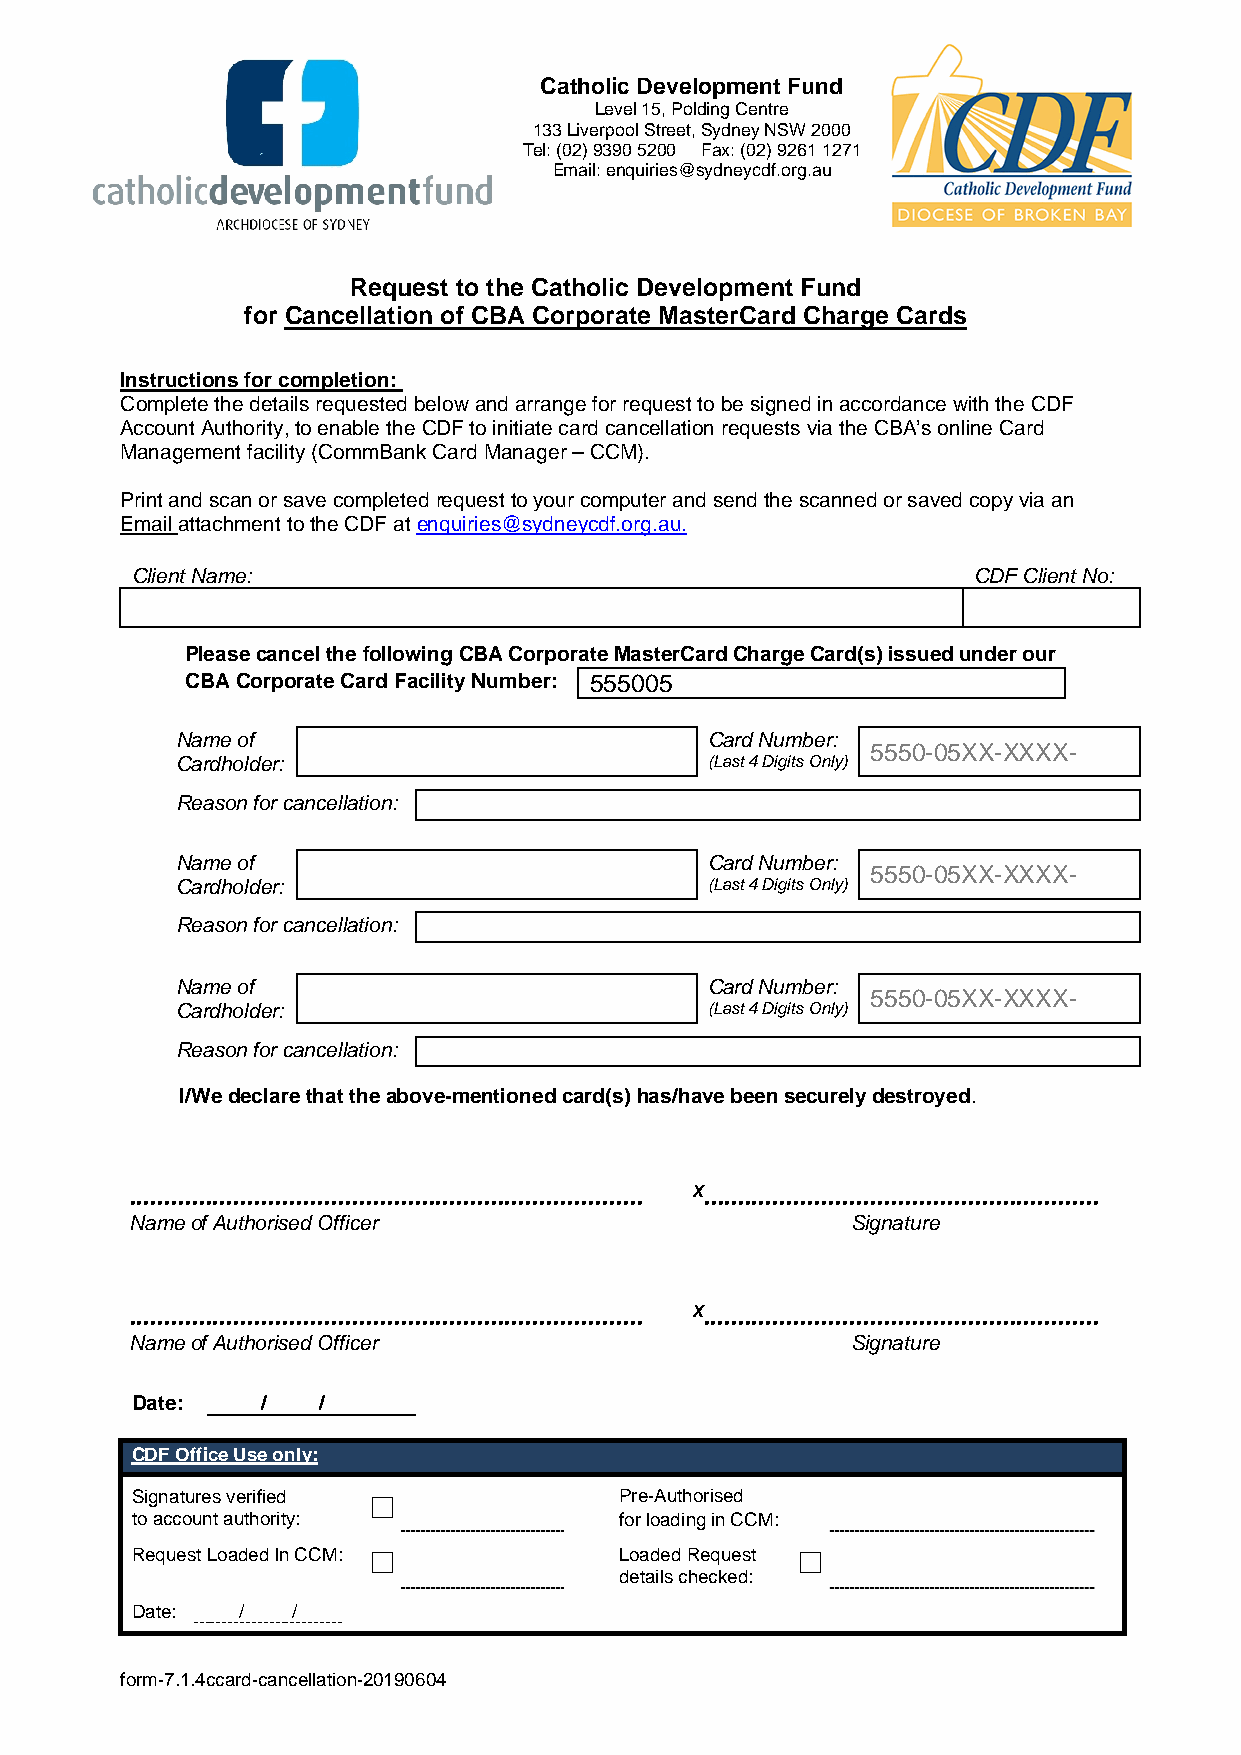
Catholic Development Fund
 Level 15, Polding Centre
 133 Liverpool Street, Sydney NSW 2000
 Tel: (02) 9390 5200 Fax: (02) 9261 1271
 Email: enquiries@sydneycdf.org.au
 Request to the Catholic Development Fund
 for Cancellation of CBA Corporate MasterCard Charge Cards
 Instructions for completion:
 Complete the details requested below and arrange for request to be signed in accordance with the CDF
 Account Authority, to enable the CDF to initiate card cancellation requests via the CBA’s online Card
 Management facility (CommBank Card Manager – CCM).
 Print and scan or save completed request to your computer and send the scanned or saved copy via an
 Email attachment to the CDF at enquiries@sydneycdf.org.au.
 Client Name:                                           CDF Client No:
 Please cancel the following CBA Corporate MasterCard Charge Card(s) issued under our
 CBA Corporate Card Facility Number: 555005
 Name of                            Card Number:
 5550-05XX-XXXX-
 Cardholder:                        (Last 4 Digits Only)
 Reason for cancellation:
 Name of                            Card Number:
 5550-05XX-XXXX-
 Cardholder:                        (Last 4 Digits Only)
 Reason for cancellation:
 Name of                            Card Number:
 5550-05XX-XXXX-
 Cardholder:                        (Last 4 Digits Only)
 Reason for cancellation:
 I/We declare that the above-mentioned card(s) has/have been securely destroyed.
 .......................................................................... X.........................................................
 Name of Authorised Officer                     Signature
 .......................................................................... X.........................................................
 Name of Authorised Officer                     Signature
 Date:   /   /
 CDF Office Use only:
 Signatures verified ☐           Pre-Authorised
 to account authority:           for loading in CCM:
 Request Loaded In CCM: ☐        Loaded Request ☐
 details checked:
 Date:  /  /
 form-7.1.4ccard-cancellation-20190604